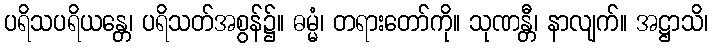
ပရိသပရိယန္တေ၊ ပရိသတ်အစွန်၌။ ဓမ္မံ၊ တရားတော်ကို။ သုဏန္တီ၊ နာလျက်။ အဋ္ဌာသိ၊